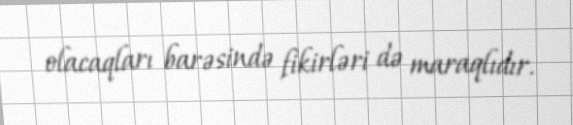
olacaqları barəsində fikirləri də maraqlıdır.